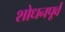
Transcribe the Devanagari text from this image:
शोधनपूर्व